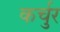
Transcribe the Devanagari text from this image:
कर्चुर